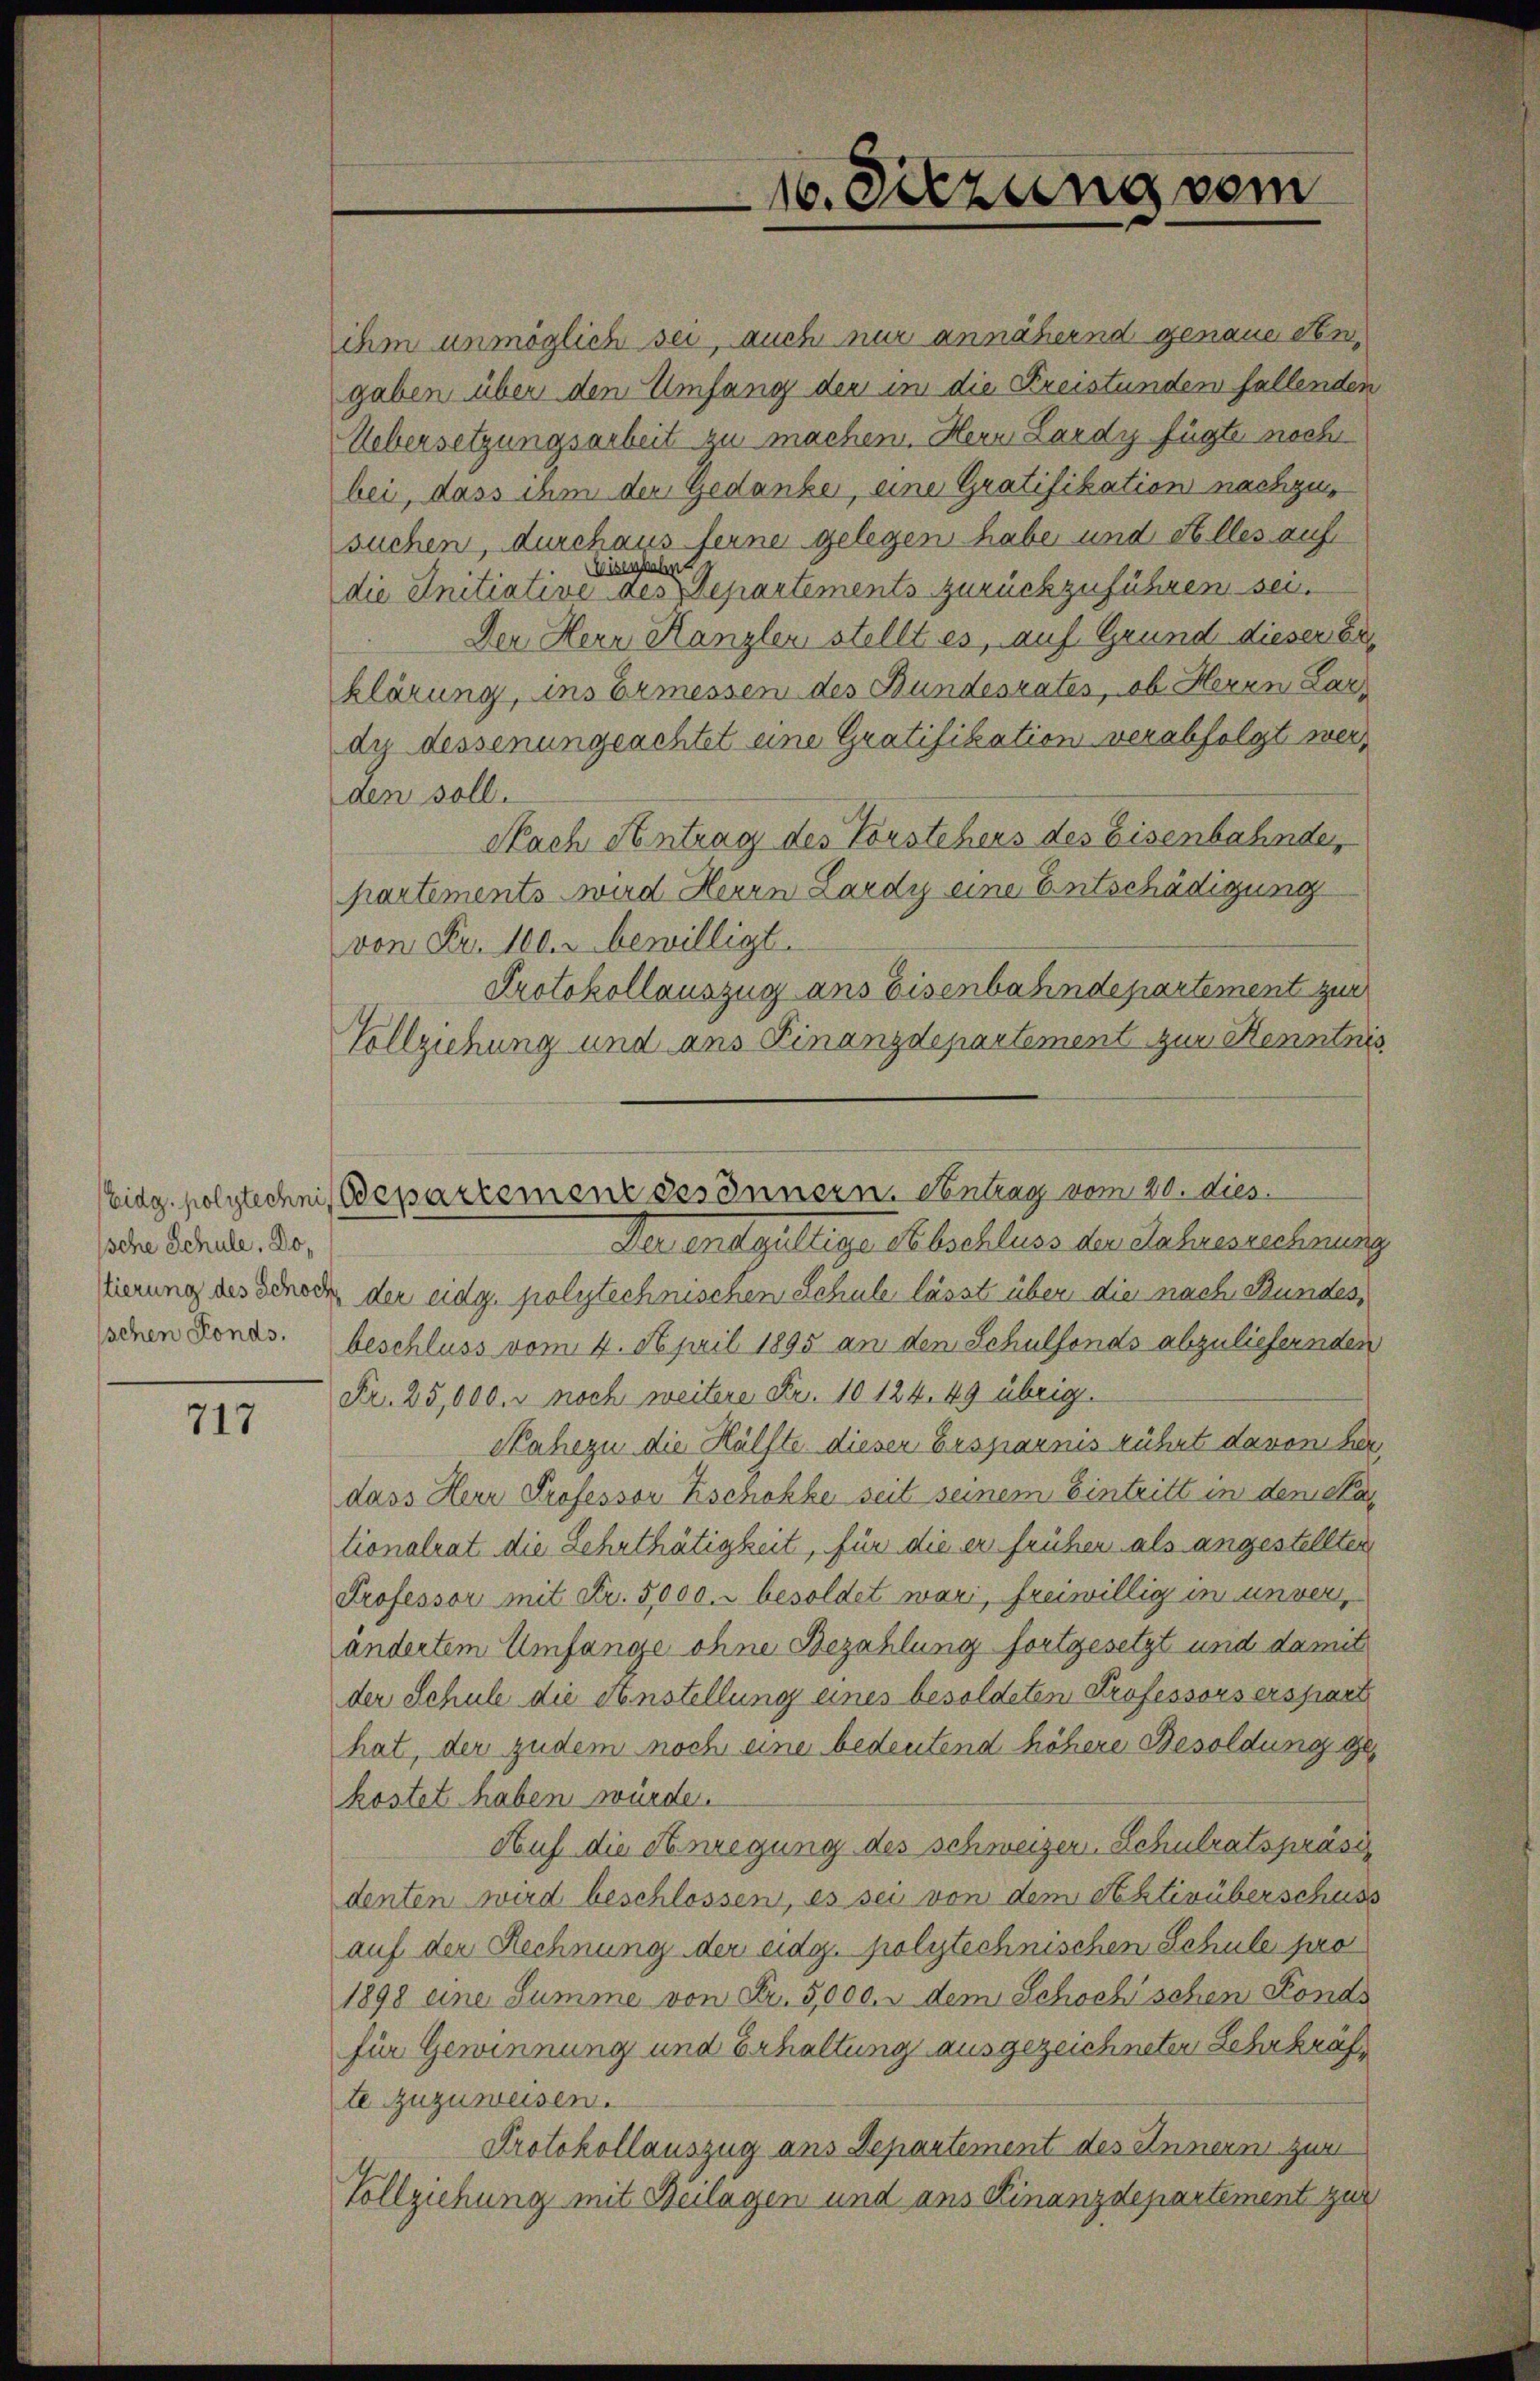
Ische Schule, Do¬

717

ihm unmöglich sei, auch nur annähernd genaue dengaben über den Umfang der in die Kreistunden fallenden
Uebersetzungsarbeit zu machen. Hern Lardy fügte noch
bei, dass ihm der Gedanke, eine Gratifikation nachzusuchen, durchaus ferne gelegen habe und Alles auf
Weisenbahnt
die Initiative des Departements zurückzuführen sei.
Der Herr Kanzler stellt es, auf Grund dieser Erklärung, ins Ermessen des Bundesrates, ob Herrn Lardy dessenungeachtet eine Gratifikation verabfolgt werden soll.
Nach Antrag des Vorstehers des Eisenbahnde,
partements wird Herrn Lardy eine Entschädigung
von Fr. 100. r bewilligt.
Protokollauszug ans Eisenbahndepartement zur
Vollziehung und aus Finanzdepartement zur Kenntnis
Der entgültige Abschluss der Jahresrechnung
lierung des Schoch der eidg. polytechnischen Schule lässt über die nach Bundes,
sehnen Fonds. beschluss vom 4. April 1895 an den Schulfonds abzuliefernden
Fr. 25,000. r noch weitere Fr. 10 124. 49 übrig.
Nahezu die Hälfte dieser Ersparnis rührt davon her
dass Herr Professor Zschokke seit seinem Eintritt in denstan
tionalrat die Lehrthätigkeit, für die er frühen als angestellten
Professor mit Fr. 5000. besoldet wari, freiwillig in unver
ändertem Umfange ohne Bezahlung fortgesetzt und damit
der Schule die Anstellung eines besoldeten Professors erspart
hat, der zudem noch eine bedeutend höhere Besoldung ge
kostet haben würde.
Auf die Anregung des schweizer, Schulratspräsidenten wird beschlossen, es sei von dem Sektivüberschuss
auf der Rechnung der eidg. polytechnischen Schule pro
1898 eine Summe von Fr. 5,000. u dem Schochischen Fonds
für Gewinnung und Erhaltung ausgezeichneten Lehrkräfte zuzuweisen.
Protokollauszug aus Departement des Innern zum
Vollziehung mit Beilagen und ans Finanzdepartement zur

idg. polytechnis Departement des Innern. Antrag vom 20. dies

16. Sitzung vom